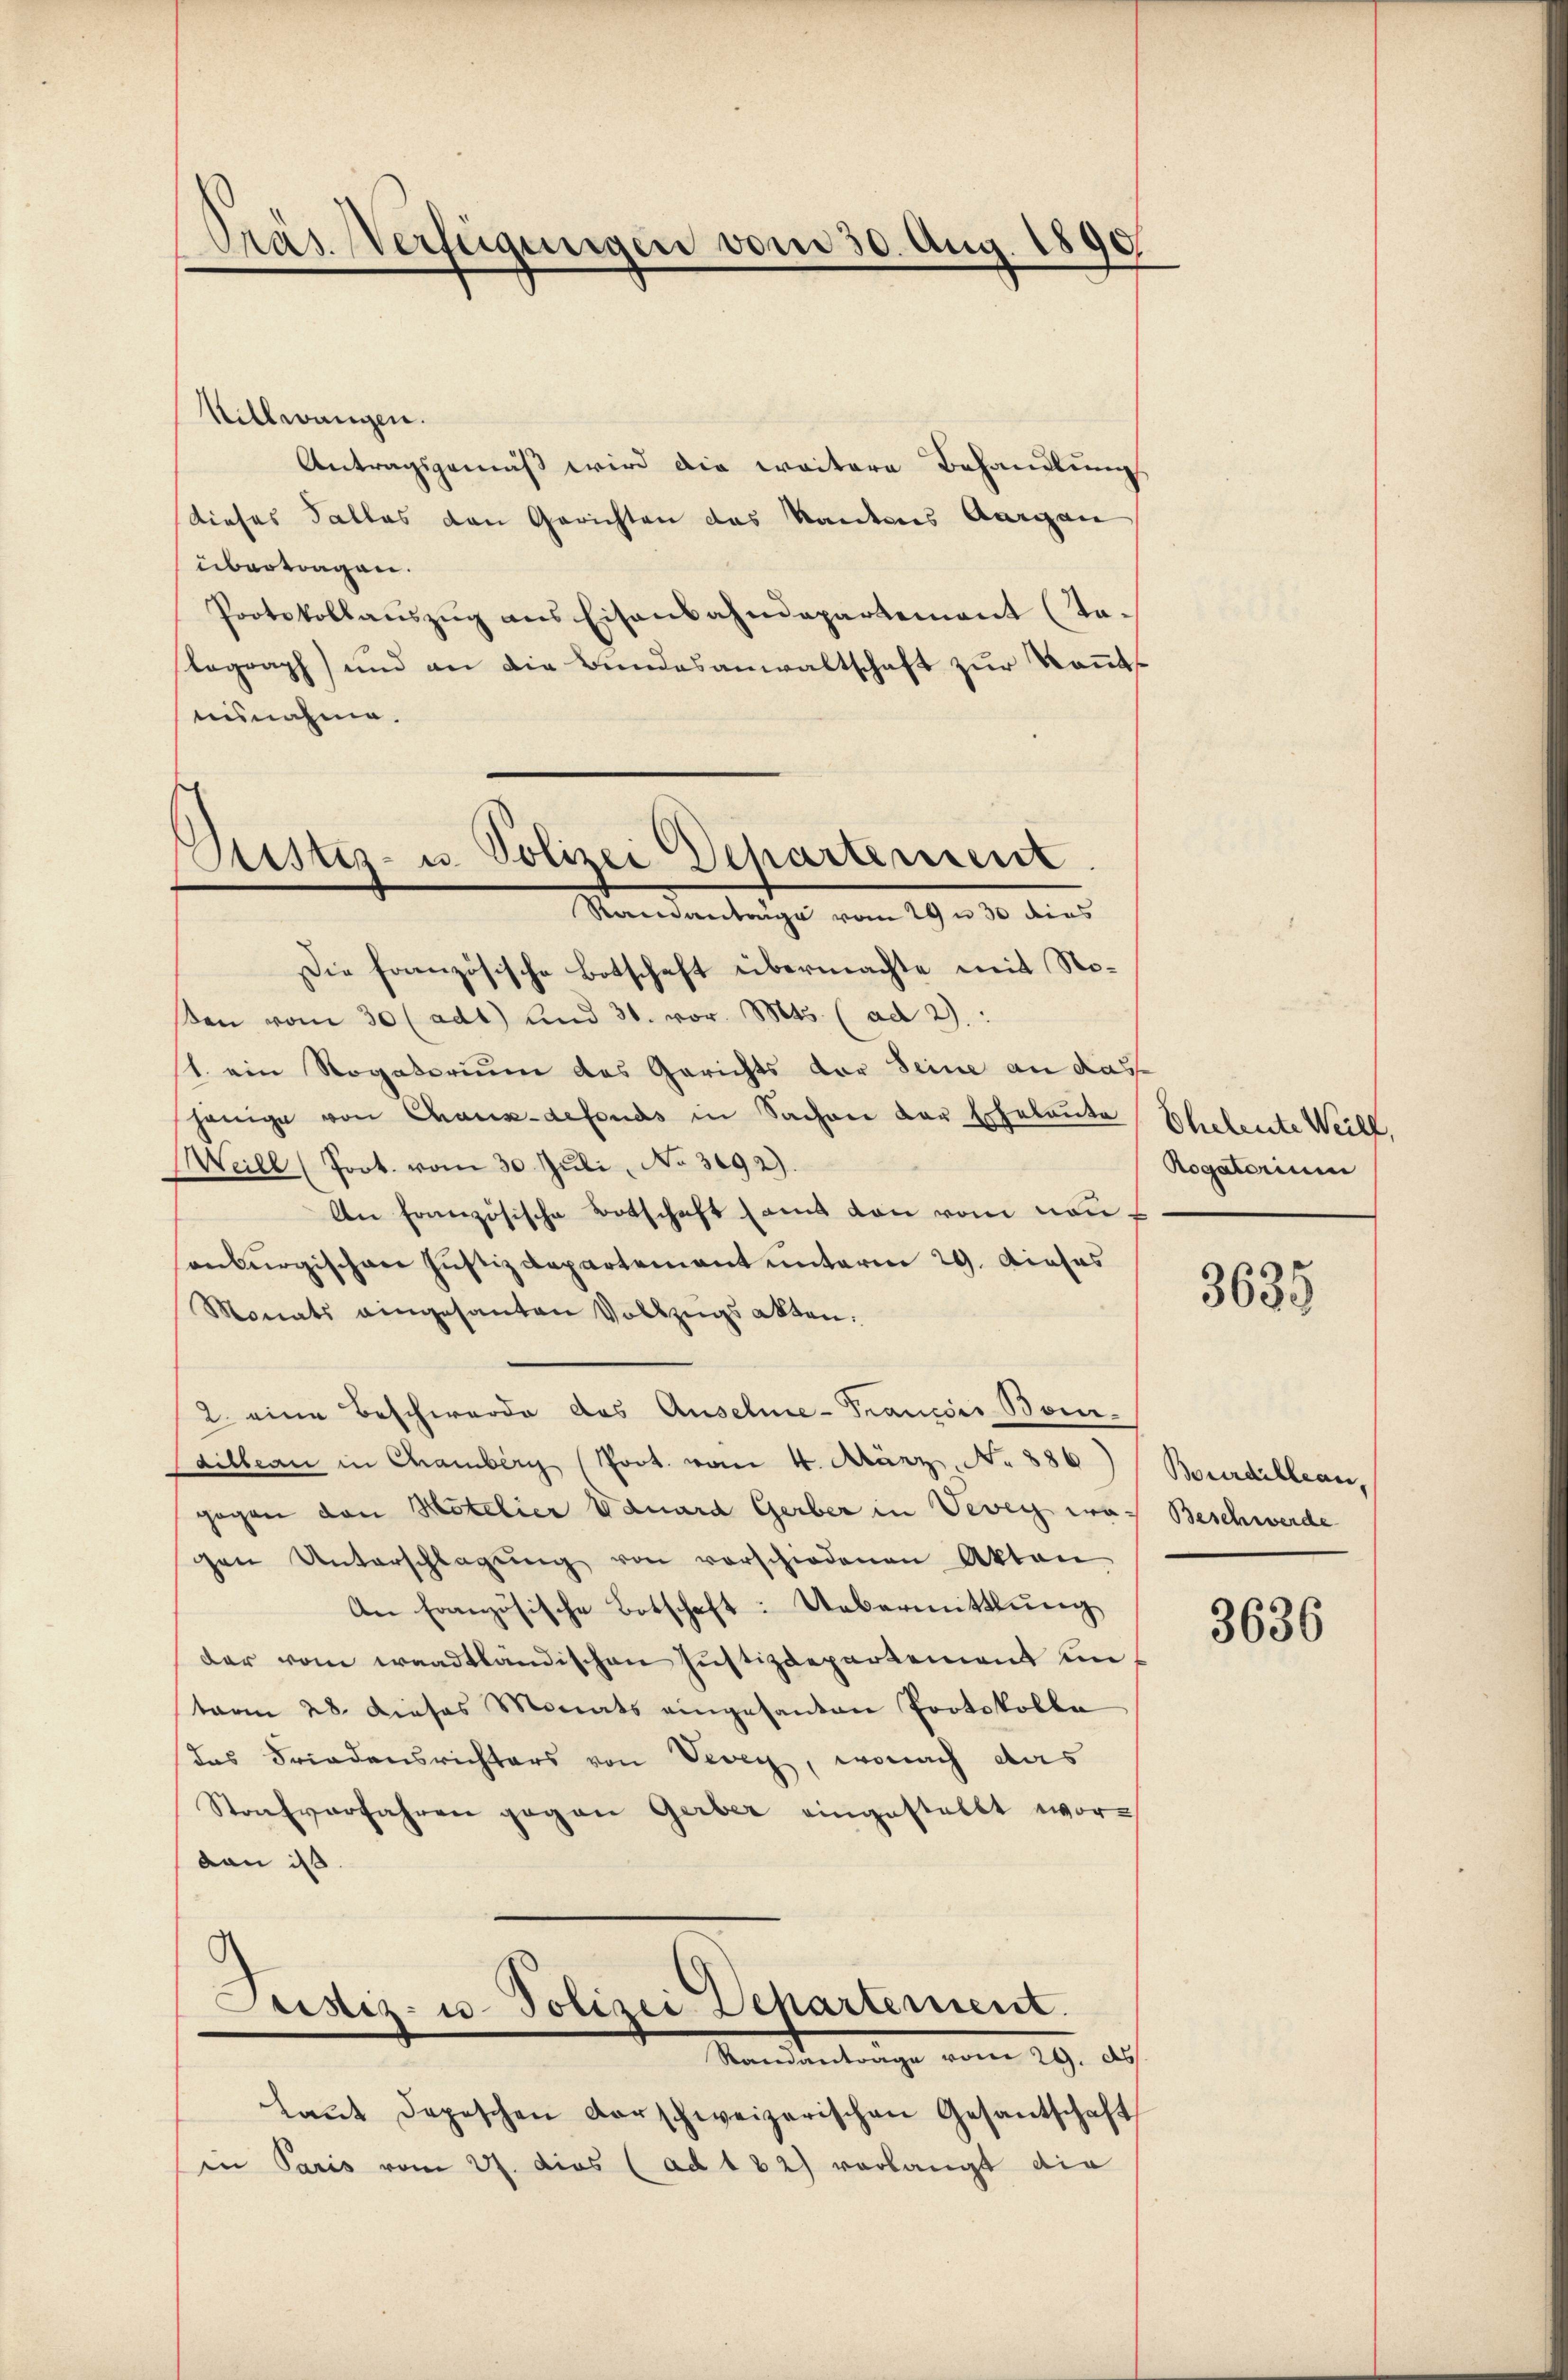
Präs. Verfügungen vom 30. Aug. 1890.

Pustes- u. Polizei Departement
Standentrage vom 29. v. 30 dies

Stillwangen.
Antragsgemäß wird die weitere Behandlung
(dieses Falles den Gerichten das Kantons Aargau
übertragen.
Protokollaŭszŭg ans Eisenbahndepartement (Talagraph) und an die Bundesanwaltschaft zur Kenntnisnahme.
Die französische Botschaft übermachte mit Noβen vom 30 (adt) und 31. vor. Mts. (ad 2):
1. ein Rogatorium des Gerichts der Seine an das
hänige von Chaux-defonds in Sachen der Eheleute
Weill (Poot. vom 30. Juli, No 3092).
An Französische Botschaft samt von vom neusonburgischen Justizdepartement unterm 29. Dieses
Monats eingesanten Vollzŭgsakten:
2 eine Beschwerde das Ansehne-Franciis Boni
Cailbeau in Chamberg (Poot. vom 4. März. No 886)
gegen den Hotelier Eduard Gerber in Vevey was Beschwerde
gen Unterschlagŭng von vorschiedenen Akten
An Französische Botschaft: Uebermittlŭng
der vom waadtländischen Justizdepartement untvom 28. Dieses Monats eingesanten Protokolle
das Friedensrichters von Vevey, wonach das
Stonsverfahren gegen Gerber eingestellt wordan ist
g
Justiz- u. Polizei Departement.
Manden trange vom 29. Auch
laŭt depeschen Vorschweizerischen Gesantschaft
in Paris vom 21. dies (ad 182) vorlangt die

Eheleute Weill,
Rogatorium

3635

Bourdillean,

3636